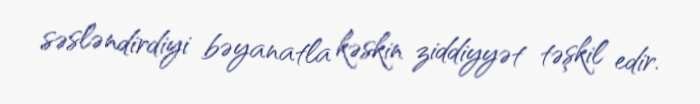
səsləndirdiyi bəyanatla kəskin ziddiyyət təşkil edir.